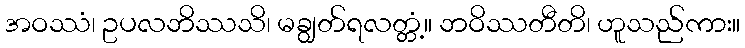
အဝဿံ၊ ဥပလဘိဿသိ၊ မချွတ်ရလတ္တံ့။ ဘဝိဿတီတိ၊ ဟူသည်ကား။